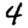
Digit: 4